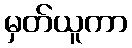
မှတ်ယူကာ